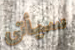
سيأتى